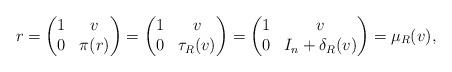
LaTeX: \begin{align*}r=\begin{pmatrix} 1 & v \\ 0 & \pi(r) \end{pmatrix}=\begin{pmatrix} 1 & v \\ 0 & \tau_R(v) \end{pmatrix}=\begin{pmatrix} 1 & v \\ 0 & I_n+\delta_R(v) \end{pmatrix}=\mu_R(v), \end{align*}